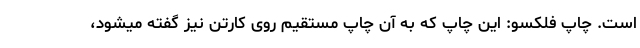
است. چاپ فلکسو: این چاپ که به آن چاپ مستقیم روی کارتن نیز گفته میشود،